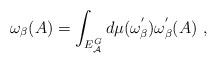
LaTeX: \begin{align*}\omega_{\beta}(A) = \int_{E_{\cal A}^{G}} d\mu(\omega_{\beta}^{'}) \omega_{\beta}^{'}(A)\ ,\end{align*}